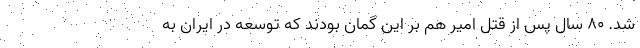
شد. 80 سال پس از قتل امیر هم بر این گمان بودند که توسعه در ایران به